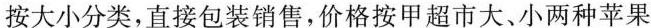
按大小分类，直接包装销售，价格按甲超市大、小两种苹果